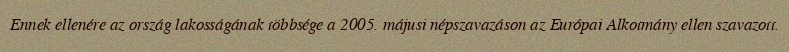
Ennek ellenére az ország lakosságának többsége a 2005. májusi népszavazáson az Európai Alkotmány ellen szavazott.